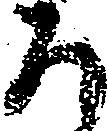
ろ